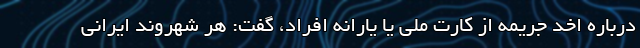
درباره اخد جریمه از کارت ملی یا یارانه افراد، گفت: هر شهروند ایرانی